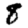
Digit: 8